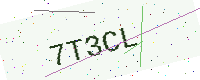
Text: 7T3CL